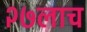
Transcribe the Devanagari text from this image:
२७लाच